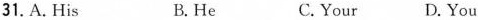
31. A.His B.He C.Your D.You